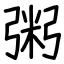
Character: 粥